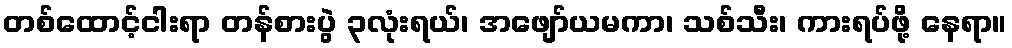
တစ်ထောင့်ငါးရာ တန်စားပွဲ ၃လုံးရယ်၊ အဖျော်ယမကာ၊ သစ်သီး၊ ကားရပ်ဖို့ နေရာ။